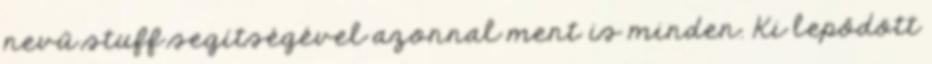
nevű stuff segítségével azonnal ment is minden. Ki lepődött